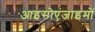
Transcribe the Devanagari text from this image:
आइसोएंजाइमों